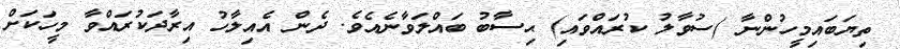
ތިޔަބައިމީހުންނާ (ސުވާލު ކުރައްވައި) ޙިސާބު ބައްލަވާނެއެވެ. ދެން އެއިލާހު އިރާދަކުރައްވާ މީހަކަށް